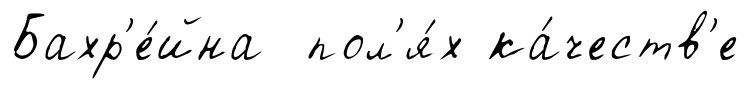
Бахр'е́йна пол'я́х ка́честв'е